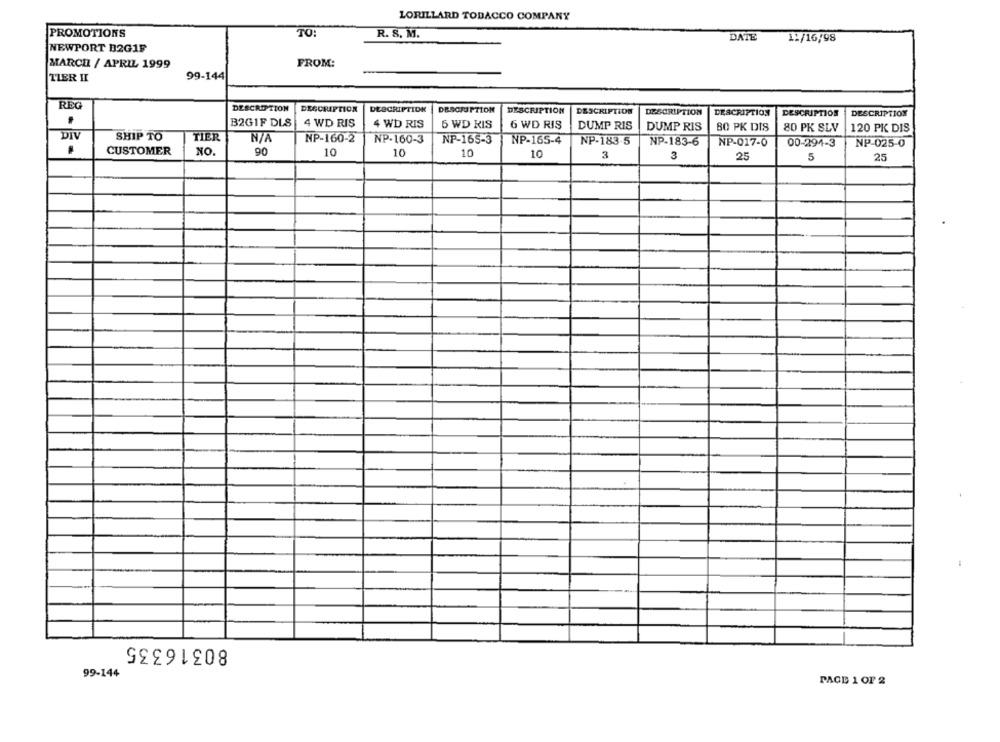
LORILLARD TOBACCO COMPANY
PROMOTIONS
TO:
R. S. M.
DATE
11/16/98
NEWPORT B2G1F
MARCH / APRIL 1999
FROM:
TIER II
99-144
REG
DESCRIPTION
DESCRIPTION
DESCRIPTION
DESOJUPTION
DESCRIPTION
DESCRIPTION
DESCRIPTION
DESCRIPTION
DESCRIPTION
DESCRIPTION
B2GIF DLS
4 WD RIS
4 WD RIS
6 WD KIS
6 WD RIS
DUMP RIS
DUMP RIS
80 PK DIS
80 PK SLV
120 PK DIS
DIV
SHIP TO
TIER
NP-160-2
NP-160-3
NP-165-3
NP-165-4
NP-183-5
NP-183-6
NP-017-0
00-294-3
NP-025-0
CUSTOMER
NO.
90
10
10
10
10
3
3
25
5
80316335
99-144
PAGE 1 OF 2